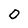
Character: 0